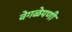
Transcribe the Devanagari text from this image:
वेगळेपणी